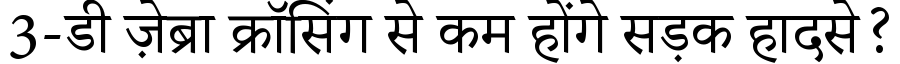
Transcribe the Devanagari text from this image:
3-डी ज़ेब्रा क्रॉसिंग से कम होंगे सड़क हादसे?